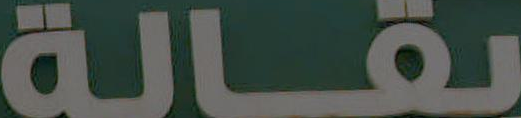
بقالة